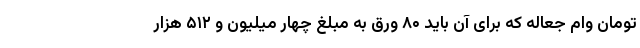
تومان وام جعاله که برای آن باید ۸۰ ورق به مبلغ چهار میلیون و ۵۱۲ هزار